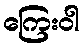
ကြေးဝါ